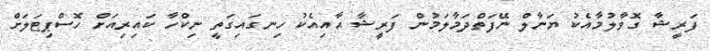
ފަރީޝާ ގޮވާލުމާއެކު ޔަނާލް ނޭފަތްދަމާލަމުން ފަރީޝާ އާއިއެކު ހިނގައިގަތީ ނިކްހާ ކައިރިއަށް ހޮސްޕިޓަލަށް